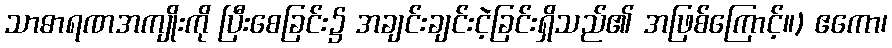
သာဓာရဏအကျိုးကို ပြီးစေခြင်း၌ အချင်းချင်းငဲ့ခြင်းရှိသည်၏ အဖြစ်ကြောင့်။) ဧကော၊